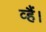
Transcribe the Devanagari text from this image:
व्हैं।